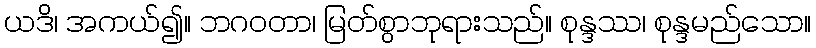
ယဒိ၊ အကယ်၍။ ဘဂဝတာ၊ မြတ်စွာဘုရားသည်။ စုန္ဒဿ၊ စုန္ဒမည်သော။